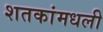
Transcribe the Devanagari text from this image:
शतकांमधली